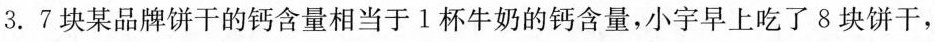
3.7块某品牌饼干的钙含量相当于1杯牛奶的钙含量，小宇早上吃了8块饼干，